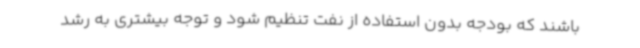
باشند که بودجه بدون استفاده از نفت تنظیم شود و توجه بیشتری به رشد